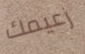
زعيمك